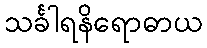
သင်္ခါရနိရောဓာယ